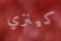
كينزي